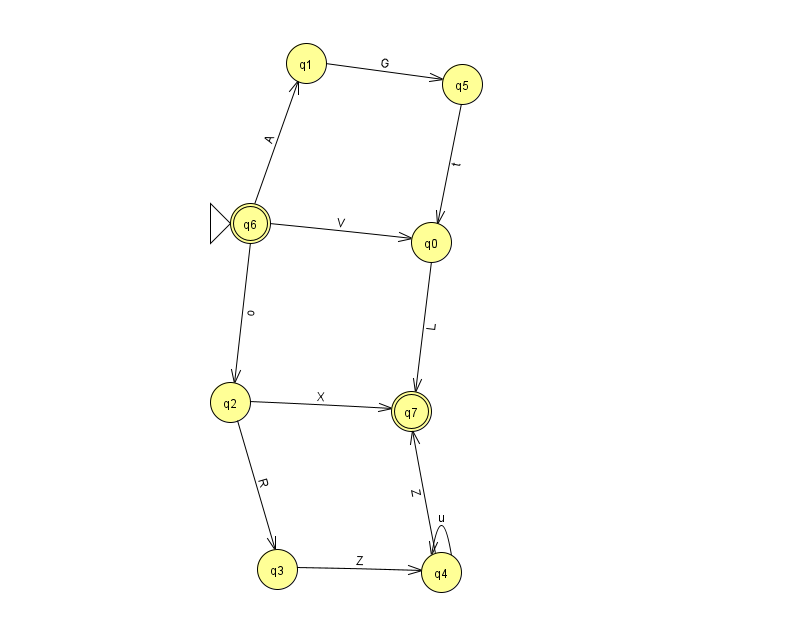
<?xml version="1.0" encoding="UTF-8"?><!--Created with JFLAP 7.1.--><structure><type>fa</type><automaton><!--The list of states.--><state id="0" name="q0"><x>431.0</x><y>229.0</y></state><state id="1" name="q1"><x>306.0</x><y>50.0</y></state><state id="2" name="q2"><x>230.0</x><y>389.0</y></state><state id="3" name="q3"><x>277.0</x><y>556.0</y></state><state id="4" name="q4"><x>441.0</x><y>559.0</y></state><state id="5" name="q5"><x>462.0</x><y>71.0</y></state><state id="6" name="q6"><x>250.0</x><y>210.0</y><initial/><final/></state><state id="7" name="q7"><x>411.0</x><y>398.0</y><final/></state><!--The list of transitions.--><transition><from>2</from><to>3</to><read>R</read></transition><transition><from>3</from><to>4</to><read>Z</read></transition><transition><from>6</from><to>0</to><read>V</read></transition><transition><from>6</from><to>1</to><read>A</read></transition><transition><from>1</from><to>5</to><read>G</read></transition><transition><from>4</from><to>4</to><read>u</read></transition><transition><from>6</from><to>2</to><read>o</read></transition><transition><from>2</from><to>7</to><read>X</read></transition><transition><from>5</from><to>0</to><read>t</read></transition><transition><from>4</from><to>7</to><read>Z</read></transition><transition><from>0</from><to>7</to><read>L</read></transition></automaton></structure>